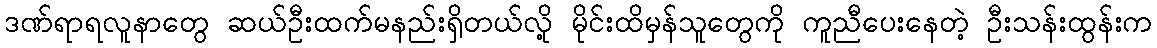
ဒဏ်ရာရလူနာတွေ ဆယ်ဦးထက်မနည်းရှိတယ်လို့ မိုင်းထိမှန်သူတွေကို ကူညီပေးနေတဲ့ ဦးသန်းထွန်းက